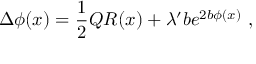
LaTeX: \Delta \phi ( x ) = { \frac { 1 } { 2 } } Q R ( x ) + \lambda ^ { \prime } b e ^ { 2 b \phi ( x ) } \ ,